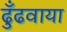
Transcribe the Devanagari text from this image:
ढुँढवाया